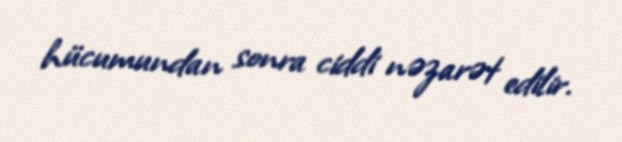
hücumundan sonra ciddi nəzarət edilir.